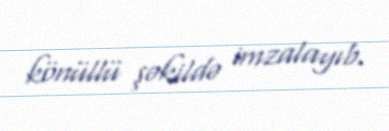
könüllü şəkildə imzalayıb.